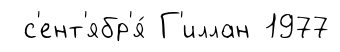
с'ент'ябр'я́ Г'иллан 1977